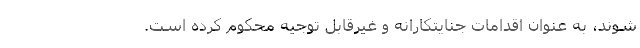
شوند، به عنوان اقدامات جنایتکارانه و غیرقابل توجیه محکوم کرده است.